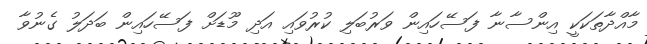
މާއްދާތަކަކީ އިންސާނާ ފަސޭހައިން ވަރުބަލި ކުރުވައި އަދި މޫޑަށް ފަސޭހައިން ބަދަލު ގެނުވާ